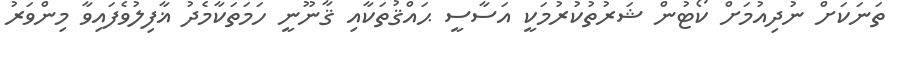
ތަނަކަށް ނުދިއުމަށް ކޯޓުން ޝަރުތުކުރުމަކީ އަސާސީ ޙައްޤުތަކާއި ޤާނޫނީ ހަމަތަކާމެދު ޣާފިލުވެފައިވާ މިންވަރު